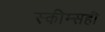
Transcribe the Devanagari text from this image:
स्कीम्सही